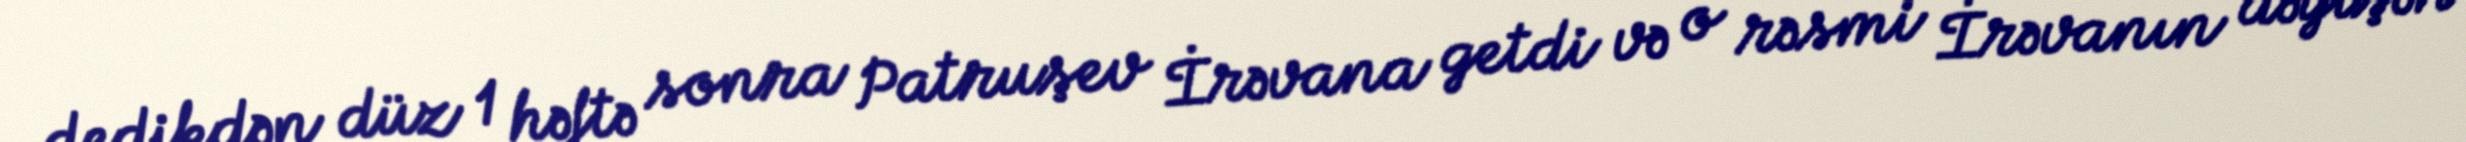
dedikdən düz 1 həftə sonra Patruşev İrəvana getdi və o rəsmi İrəvanın dəyişən